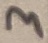
Text: 3